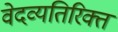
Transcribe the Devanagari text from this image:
वेदव्यतिरिक्त